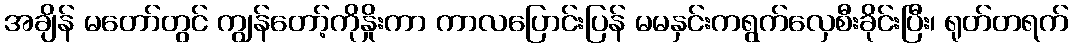
အချိန် မတော်တွင် ကျွန်တော့်ကိုနှိုးကာ ကာလပြောင်းပြန် မမနှင်းကရွက်လှေစီးခိုင်းပြီး၊ ရုတ်တရက်